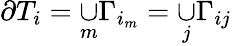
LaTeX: \partial T_{i}=\underset{m}{\cup}\Gamma_{i_{m}}=\underset{j}{\cup}\Gamma_{ij}